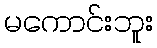
မကောင်းဘူး